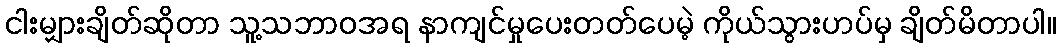
ငါးမျှားချိတ်ဆိုတာ သူ့သဘာဝအရ နာကျင်မှုပေးတတ်ပေမဲ့ ကိုယ်သွားဟပ်မှ ချိတ်မိတာပါ။